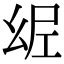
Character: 𢇀